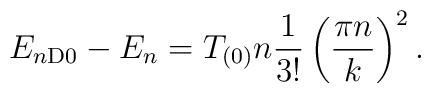
E_{n {\rm D0}} - E_n = T_{(0)} n{1\over 3!} \left({\pi n\over k}\right)^2.